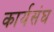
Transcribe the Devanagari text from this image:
कार्यसंघ